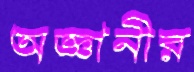
অজ্ঞানীর